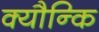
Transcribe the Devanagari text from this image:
क्यौन्कि